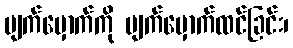
မျက်မှောက်ကို မျက်မှောက်ထင်ခြင်း၊